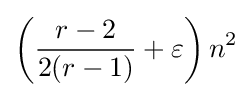
\left({\frac {r-2}{2(r-1)}}+\varepsilon \right)n^{2}